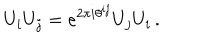
U _ { i } U _ { j } = e ^ { 2 \pi i \theta ^ { i j } } U _ { j } U _ { i } \, .